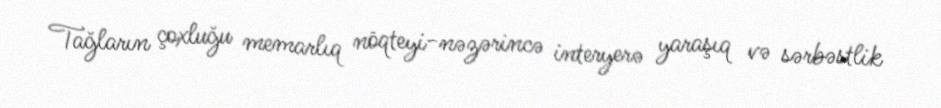
Tağların çoxluğu memarlıq nöqteyi-nəzərincə interyerə yaraşıq və sərbəstlik